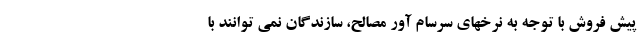
پیش فروش با توجه به نرخهای سرسام آور مصالح، سازندگان نمی توانند با